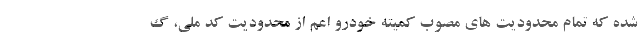
شده که تمام محدودیت های مصوب کمیته خودرو اعم از محدودیت کد ملی، گ